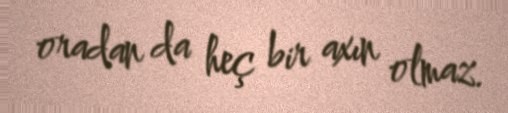
oradan da heç bir axın olmaz.